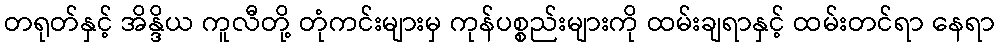
တရုတ်နှင့် အိန္ဒိယ ကူလီတို့ တုံကင်းများမှ ကုန်ပစ္စည်းများကို ထမ်းချရာနှင့် ထမ်းတင်ရာ နေရာ